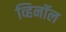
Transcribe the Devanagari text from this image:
व्हिनॉल